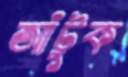
আঁটুক